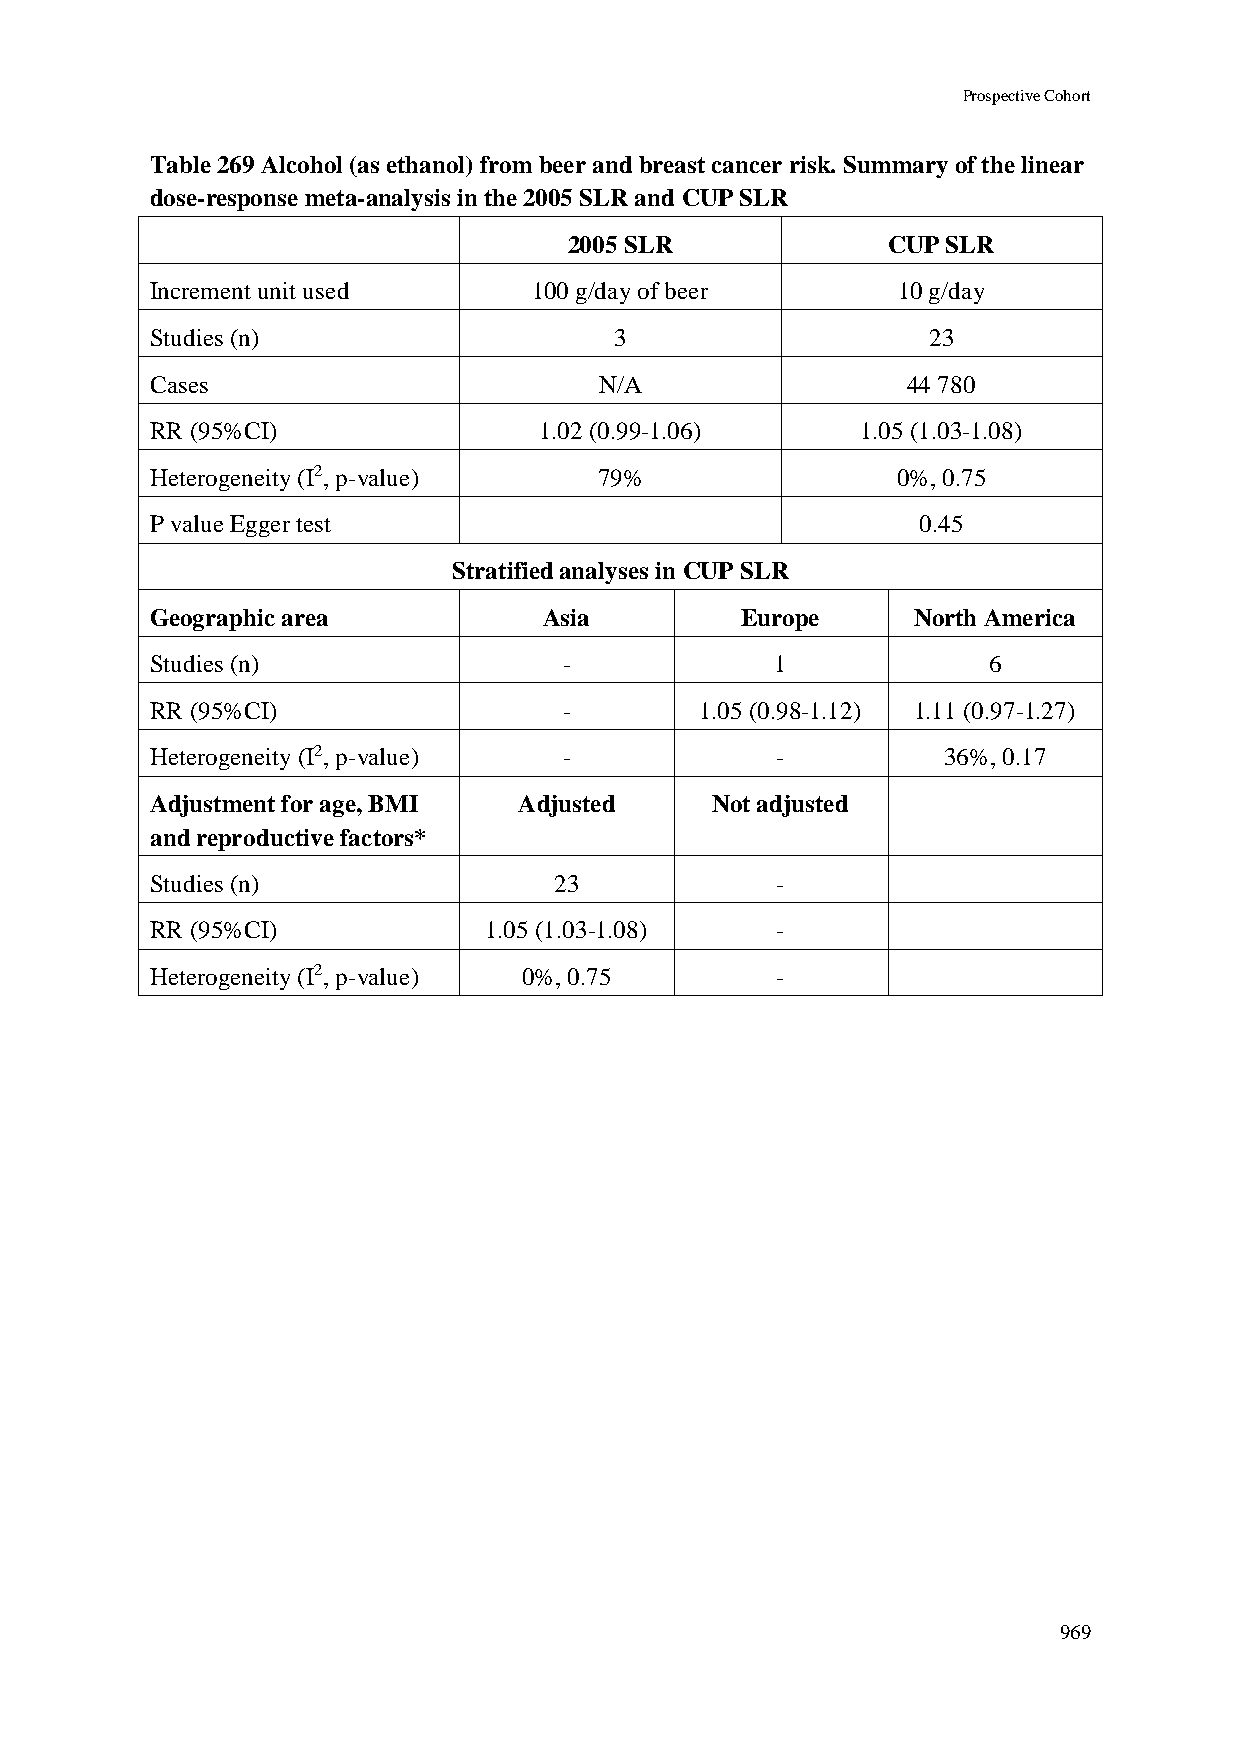
Prospective Cohort
 Table 269 Alcohol (as ethanol) from beer and breast cancer risk. Summary of the linear
 dose-response meta-analysis in the 2005 SLR and CUP SLR
 2005 SLR             CUP SLR
 Increment unit used      100 g/day of beer       10 g/day
 Studies (n)                    3                   23
 Cases                         N/A                 44 780
 RR (95%CI)                1.02 (0.99-1.06)     1.05 (1.03-1.08)
 Heterogeneity (I2, p-value)   79%                0%, 0.75
 P value Egger test                                 0.45
 Stratified analyses in CUP SLR
 Geographic area           Asia         Europe     North America
 Studies (n)                -             1             6
 RR (95%CI)                 -        1.05 (0.98-1.12) 1.11 (0.97-1.27)
 Heterogeneity (I2, p-value) -            -          36%, 0.17
 Adjustment for age, BMI Adjusted     Not adjusted
 and reproductive factors*
 Studies (n)                23            -
 RR (95%CI)            1.05 (1.03-1.08)   -
 Heterogeneity (I2, p-value) 0%, 0.75     -
 969